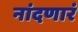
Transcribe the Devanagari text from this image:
नांदणारं